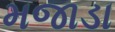
મજાડા